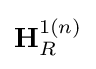
\mathbf {H} _{R}^{1(n)}